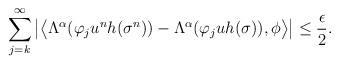
LaTeX: \begin{align*} \sum_{j=k}^\infty \big|\big\langle \Lambda^\alpha (\varphi_j u^n h(\sigma^n)) - \Lambda^\alpha (\varphi_j u h(\sigma)) , \phi \big\rangle \big|\leq \frac{\epsilon}{2}.\end{align*}